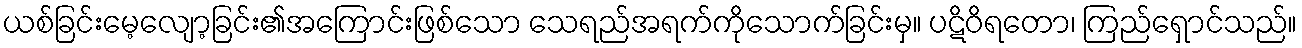
ယစ်ခြင်းမေ့လျော့ခြင်း၏အကြောင်းဖြစ်သော သေရည်အရက်ကိုသောက်ခြင်းမှ။ ပဋိဝိရတော၊ ကြည်ရှောင်သည်။